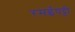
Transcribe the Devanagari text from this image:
रमईपट्टी